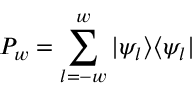
P _ { w } = \sum _ { l = - w } ^ { w } | \psi _ { l } \rangle \langle \psi _ { l } |